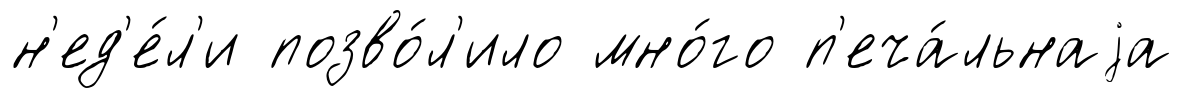
н'ед'е́л'и позво́л'ило мно́го п'еча́льнаjа